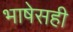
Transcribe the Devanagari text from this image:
भाषेसही